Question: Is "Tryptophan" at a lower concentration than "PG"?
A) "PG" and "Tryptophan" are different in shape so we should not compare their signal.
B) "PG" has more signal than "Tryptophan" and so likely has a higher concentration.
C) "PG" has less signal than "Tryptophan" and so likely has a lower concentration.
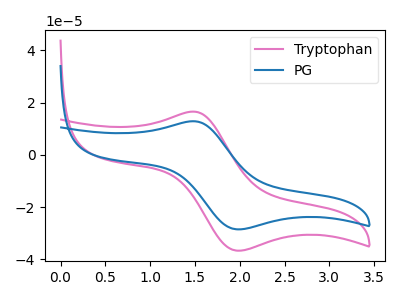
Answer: <think>The pink curve "Tryptophan" has an anodic peak at (1.50V, 16.55uA) and a cathodic peak at (1.95V, -36.70uA). The blue curve "PG" has an anodic peak at (1.50V, 12.85uA) and a cathodic peak at (1.95V, -28.55uA).
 All the peaks in "PG" have a peak in "Tryptophan" at the same potential. Every peak in "PG" is lower than every peak in "Tryptophan".</think>
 <answer>C) "PG" has less signal than "Tryptophan" and so likely has a lower concentration.</answer>
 <eval>C</eval>